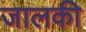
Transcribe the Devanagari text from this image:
जालकी